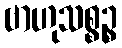
ဗာဟုသစ္စဉ္စ